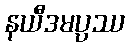
နယီဒမပ္ပဿ